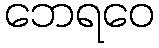
ဘေရဝေ